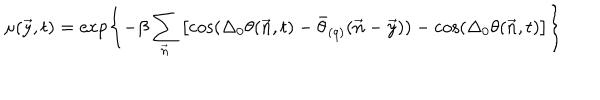
LaTeX: \mu ( \vec { y } , t ) = \exp \left\{ - \beta \sum _ { \vec { n } } \left[ \cos ( \Delta _ { 0 } \theta ( \vec { n } , t ) - \bar { \theta } _ { ( q ) } ( \vec { n } - \vec { y } ) ) - \cos ( \Delta _ { 0 } \theta ( \vec { n } , t ) \right] \right\}